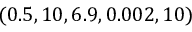
( 0 . 5 , 1 0 , 6 . 9 , 0 . 0 0 2 , 1 0 )